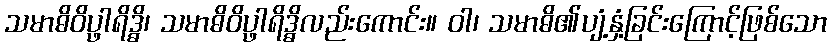
သမာဓိဝိပ္ဖာရိဒ္ဓိ၊ သမာဓိဝိပ္ဖာရိဒ္ဓိလည်းကောင်း။ ဝါ၊ သမာဓိ၏ပျံ့နှံ့ခြင်းကြောင့်ဖြစ်သော